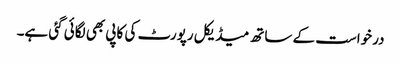
درخواست کے ساتھ میڈیکل رپورٹ کی کاپی بھی لگائی گئی ہے۔